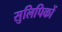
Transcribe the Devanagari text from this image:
सुलिपिकों